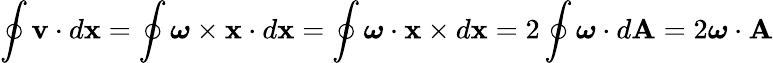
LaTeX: \oint\mathbf{v}\cdot d\mathbf{x}=\oint{\boldsymbol{\omega}}\times\mathbf{x}\cdot d\mathbf{x}=\oint{\boldsymbol{\omega}}\cdot\mathbf{x}\times d\mathbf{x}=2\oint{\boldsymbol{\omega}}\cdot d\mathbf{A}=2{\boldsymbol{\omega}}\cdot\mathbf{A}